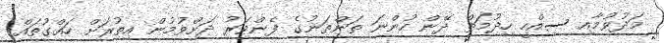
މަދުވުމާއި ސިއްހީ ހިދުމަތް ދޭން ހުންނަ ތަންތަނުގެ ފެންވަރު ދަށްވުމުން އިތުރަށް ހައްގުތައް